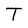
Character: T